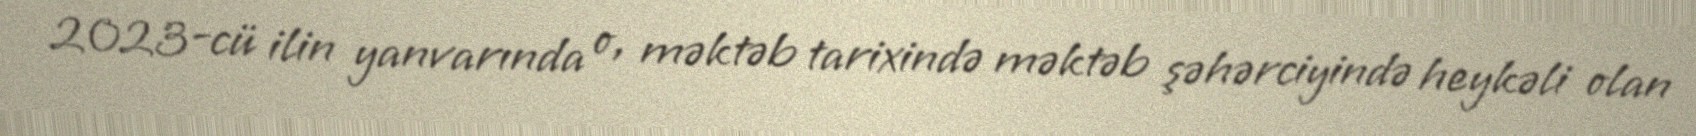
2023-cü ilin yanvarında o, məktəb tarixində məktəb şəhərciyində heykəli olan